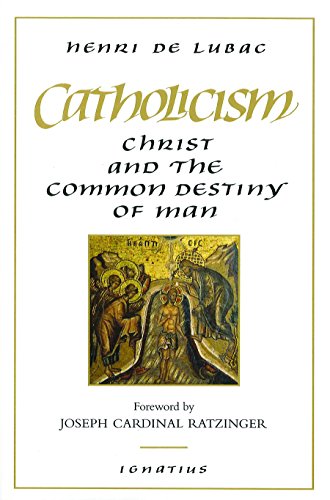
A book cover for Catholicism: Christ and the Common Destiny of Man; Henri de Lubac; Christian Books & Bibles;